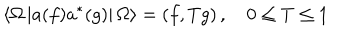
\left\langle \Omega \left| a ( f ) a ^ { * } ( g ) \right| \Omega \right\rangle = \left( f , T g \right) , \quad 0 \leq T \leq 1